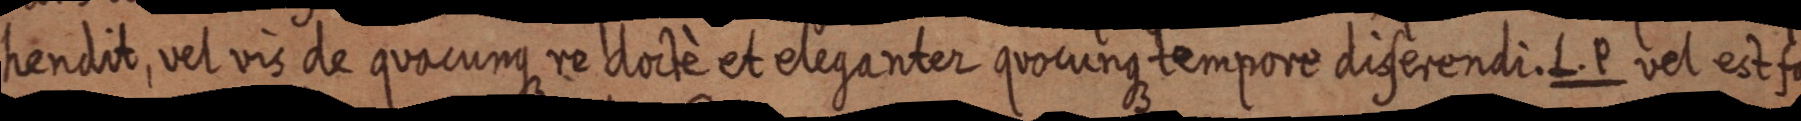
hendit, vel vis de quacunque re dioctè et eleganter quocunque tempore diserendi. L. P vel est fa